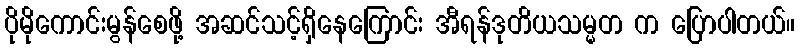
ပိုမိုကောင်းမွန်စေဖို့ အဆင်သင့်ရှိနေကြောင်း အီရန်ဒုတိယသမ္မတ က ပြောပါတယ်။